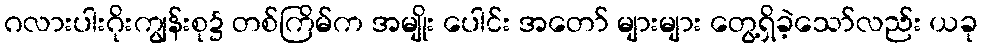
ဂလားပါးဂိုးကျွန်းစု၌ တစ်ကြိမ်က အမျိုး ပေါင်း အတော် များများ တွေ့ရှိခဲ့သော်လည်း ယခု